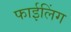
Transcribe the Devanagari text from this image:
फाईलिंग